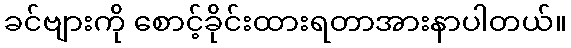
ခင်ဗျားကို စောင့်ခိုင်းထားရတာအားနာပါတယ်။